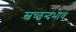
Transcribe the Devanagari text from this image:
स्वच्छन्दभाव